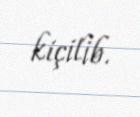
kiçilib.